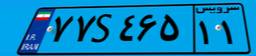
۰۸S۵۰۰۷۶